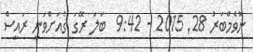
ނޮވެމްބަރު 28